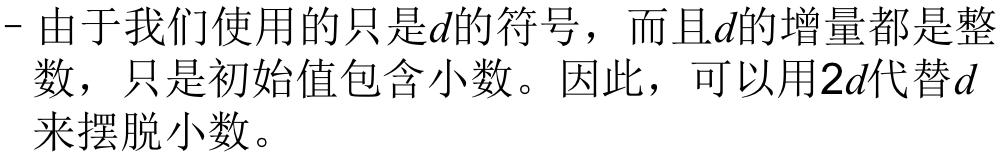
- 由于我们使用的只是$d$的符号，而且$d$的增量都是整数，只是初始值包含小数。因此，可以用$2d$代替$d$来摆脱小数。